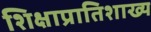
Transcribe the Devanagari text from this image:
शिक्षाप्रातिशाख्य